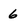
Character: 6